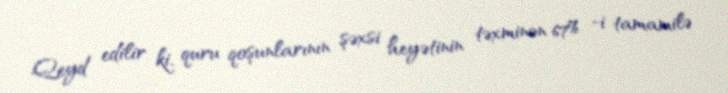
Qeyd edilir ki, quru qoşunlarının şəxsi heyətinin təxminən 67% -i tamamilə